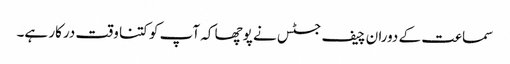
سماعت کے دوران چیف جسٹس نے پوچھا کہ آپ کو کتنا وقت درکار ہے۔